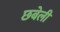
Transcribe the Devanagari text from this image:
छबेली